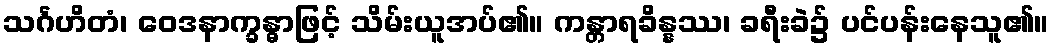
သင်္ဂဟိတံ၊ ဝေဒနာက္ခန္ဓာဖြင့် သိမ်းယူအပ်၏။ ကန္တာရခိန္နဿ၊ ခရီးခဲ၌ ပင်ပန်းနေသူ၏။